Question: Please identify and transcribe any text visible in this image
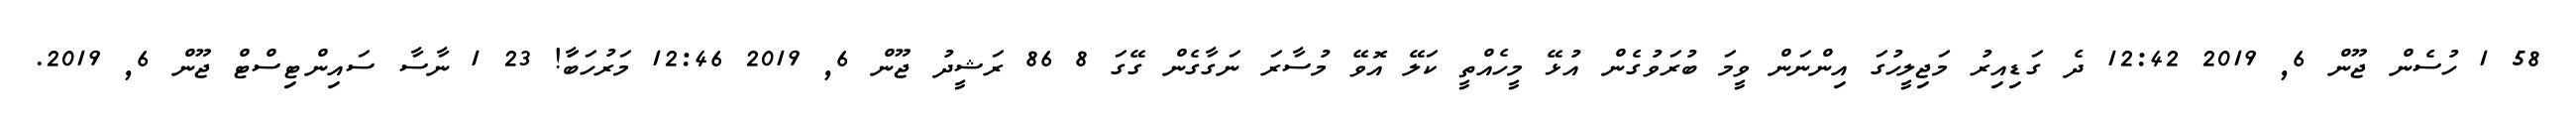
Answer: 58 1 ހުސެން ޖޫން 6, 2019 12:42 ދެ ގަޑިއިރު މަޖިލީހުގަ އިންނަން ވީމަ ބުރަވުގެން އުޅޭ މީހެއްތީ ކަލޭ އޮވޭ މުސާރަ ނަގާގެން ގޭގަ 8 86 ރަޝީދު ޖޫން 6, 2019 12:46 މަރުހަބާަ! 23 1 ނާސާ ސައިންޓިސްޓް ޖޫން 6, 2019.